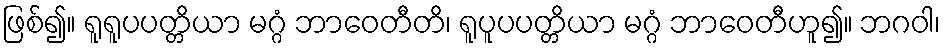
ဖြစ်၍။ ရူရူပပတ္တိယာ မဂ္ဂံ ဘာဝေတီတိ၊ ရူပူပပတ္တိယာ မဂ္ဂံ ဘာဝေတီဟူ၍။ ဘဂဝါ၊